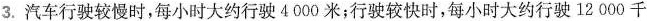
3.汽车行驶较慢时，每小时大约行驶4000米；行驶较快时，每小时大约行驶12000千